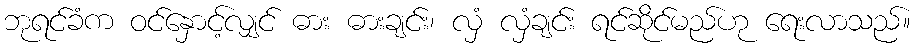
ဘုရင်ခံက ဝင်နှောင့်လျှင် ဓား ဓားချင်း၊ လှံ လှံချင်း ရင်ဆိုင်မည်ဟု ရေးလာသည်။